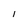
Character: 1